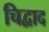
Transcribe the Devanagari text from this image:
चिद्वाद